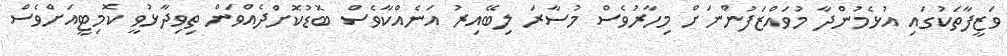
ވަޒީފާތަކުގައި އުޅެމުންދާ މުވައްޒަފުންނަށް މިހާރުވެސް މުސާރަ ލިބޭއިރު އަނެއްކާވެސް ބޮޑުކޮށްދެއްވަން ތިވިދާޅުވީ ކޮމިޓީއަށްވެސް